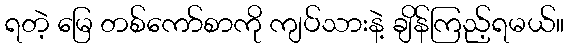
ရတဲ့ မြေ တစ်ကော်စာကို ကျပ်သားနဲ့ ချိန်ကြည့်ရမယ်။